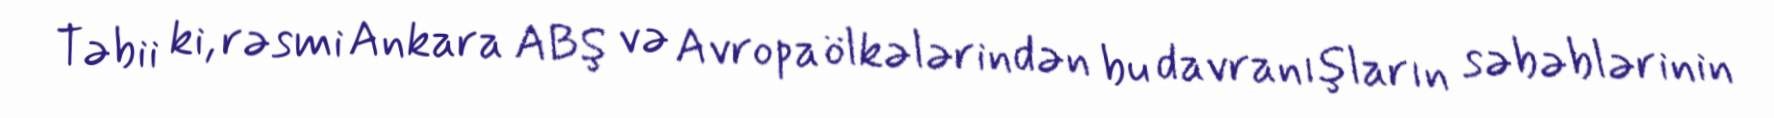
Təbii ki, rəsmi Ankara ABŞ və Avropa ölkələrindən bu davranışların səbəblərinin